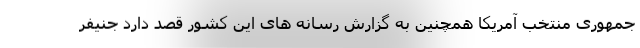
جمهوری منتخب آمریکا همچنین به گزارش رسانه های این کشور قصد دارد جنیفر